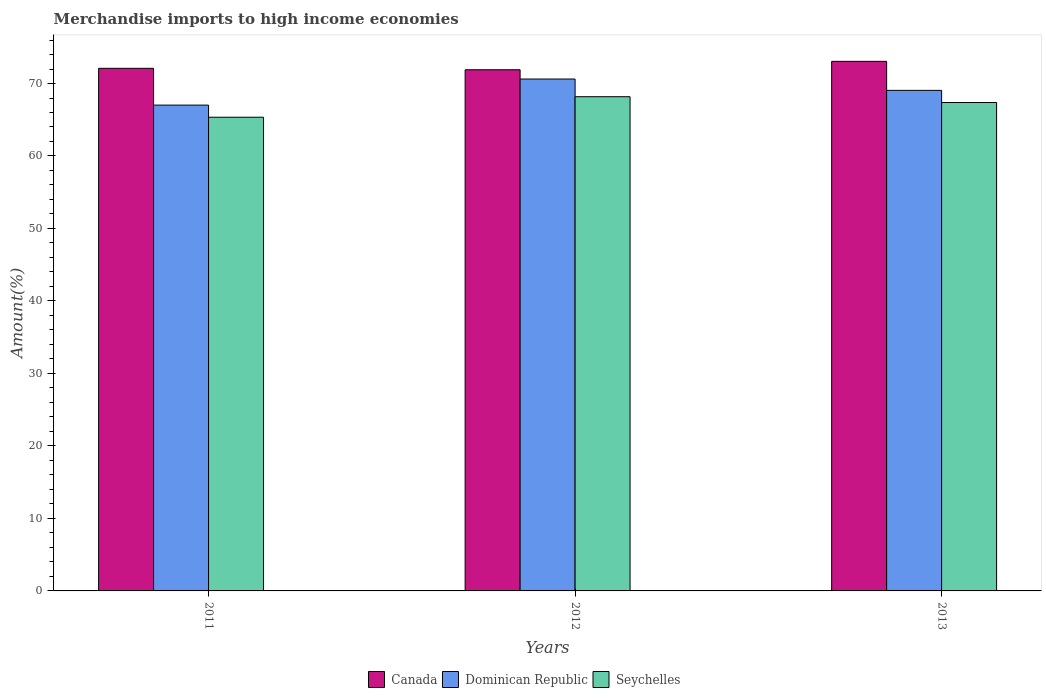
| Years | Canada | Dominican Republic | Seychelles |
 | --- | --- | --- | --- |
 | 2011 | 72.1 | 67 | 65.3 |
 | 2012 | 71.9 | 70.6 | 68.2 |
 | 2013 | 73.1 | 69.1 | 67.4 |